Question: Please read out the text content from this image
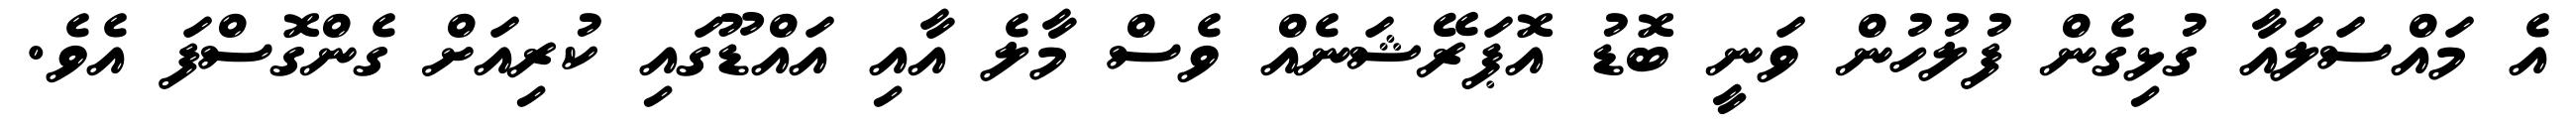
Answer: އެ މައްސަލައާ ގުޅިގެން ފުލުހުން ވަނީ ބޮޑު އޮޕަރޭޝަނެއް ވެސް މާލެ އާއި އައްޑޫގައި ކުރިއަށް ގެންގޮސްފަ އެވެ.